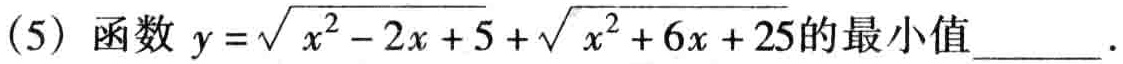
(5) 函数 \(y = \sqrt{x^{2}-2x + 5}+\sqrt{x^{2}+6x + 25}\) 的最小值______.